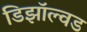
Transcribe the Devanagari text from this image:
डिझॉल्वड